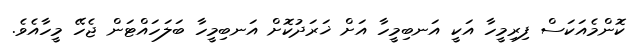
ކޮންމެއަކަސް ފިރިމީހާ އަކީ އަނބިމީހާ އަށް ޚަރަދުކޮށް އަނބިމީހާ ބަލަހައްޓަން ޖެހޭ މީހާއެވެ.